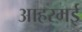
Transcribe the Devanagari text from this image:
आहरमई